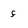
Character: f